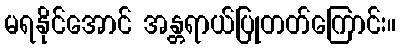
မရနိုင်အောင် အန္တရာယ်ပြုတတ်ကြောင်း။